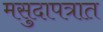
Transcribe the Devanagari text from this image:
मसुदापत्रात